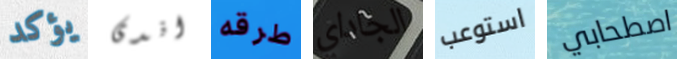
يؤكد اندى طرقه الجاداي استوعب اصطحابي